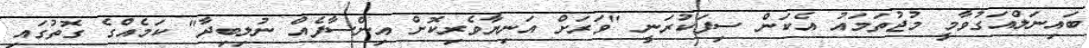
ބައިނަލްއަގުވާމީ މުޖުތަމައު އެކަން ސިފަކުރަނީ "ވަރަށް އަނިޔާވެރިކޮށް އިންސާފެއް ނުލިބިދާ" ކަމެއްގެ ގޮތުގައި